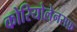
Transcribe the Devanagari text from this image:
कोरियोलेनसफ़